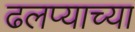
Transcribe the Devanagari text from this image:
ढलप्याच्या